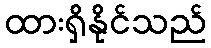
ထားရှိနိုင်သည်